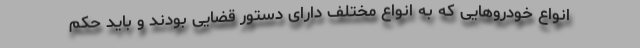
انواع خودروهایی که به انواع مختلف دارای دستور قضایی بودند و باید حکم